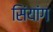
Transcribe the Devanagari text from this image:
सिंयांग